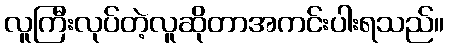
လူကြီးလုပ်တဲ့လူဆိုတာအကင်းပါးရသည်။